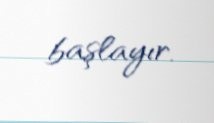
başlayır.